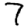
Digit: 7